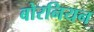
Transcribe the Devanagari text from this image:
बोरनियन